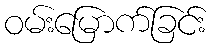
ဝမ်းမြောက်ခြင်း